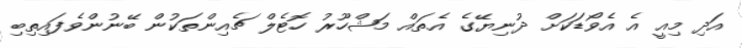
އަދި މިއީ އެ އެވޯޑަކަށް ދުނިޔޭގެ އެތައް މަޝްހޫރު ހޮޓެލް ޗެއިންތަކުން ބޭނުންވެފައިތިބި